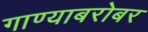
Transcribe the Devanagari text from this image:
गाण्याबरोबर